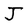
Character: J